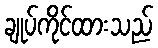
ချုပ်ကိုင်ထားသည်